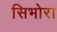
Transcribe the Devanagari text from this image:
सिभोरा